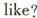
like ？